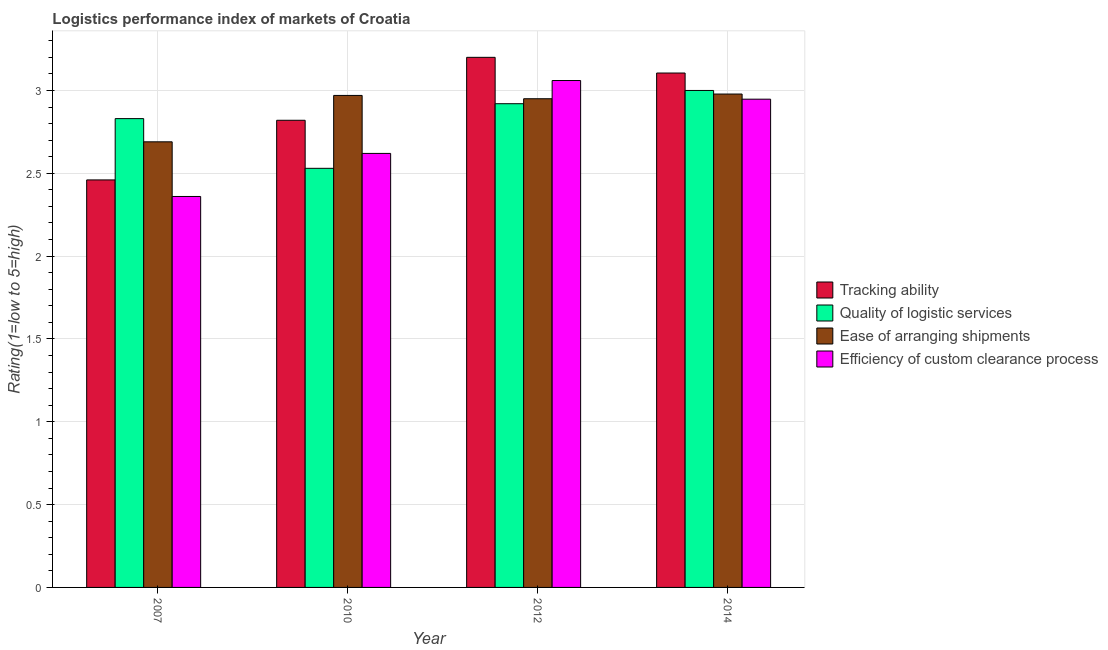
| Year | Tracking ability | Quality of logistic services | Ease of arranging shipments | Efficiency of custom clearance process |
 | --- | --- | --- | --- | --- |
 | 2007 | 2.46 | 2.83 | 2.69 | 2.36 |
 | 2010 | 2.82 | 2.53 | 2.97 | 2.62 |
 | 2012 | 3.2 | 2.92 | 2.95 | 3.06 |
 | 2014 | 3.11 | 3 | 2.98 | 2.95 |